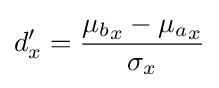
d'_{x}={\frac {{\mu _{b}}_{x}-{\mu _{a}}_{x}}{\sigma _{x}}}